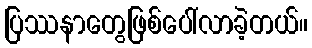
ပြဿနာတွေဖြစ်ပေါ်လာခဲ့တယ်။